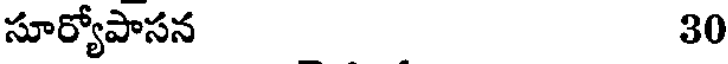
సూర్యోపాసన 30